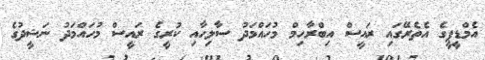
އެމްޑީޕީގެ އެތެރޭގައި ރައީސް އިބްރާހިމް މުހައްމަދު ސާލިހާއި ކުރީގެ ރައީސް މުހައްމަދު ނަޝީދުގެ